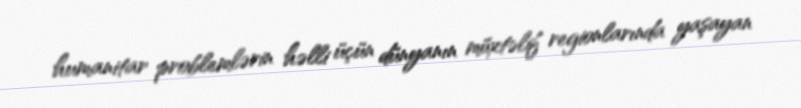
humanitar problemlərin həlli üçün dünyanın müxtəlif regionlarında yaşayan